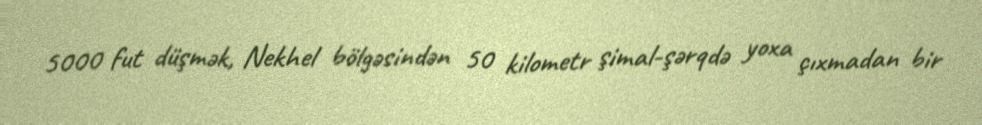
5000 fut düşmək, Nekhel bölgəsindən 50 kilometr şimal-şərqdə yoxa çıxmadan bir